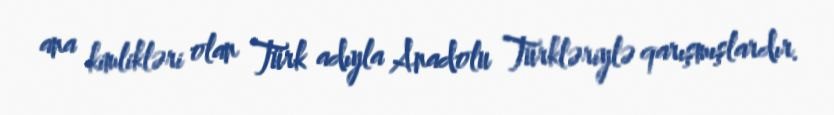
ana kimlikləri olan Türk adıyla Anadolu Türkləriylə qarışmışlardır.